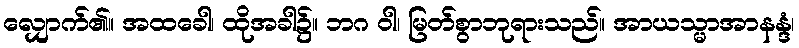
လျှောက်၏။ အထခေါ၊ ထိုအခါ၌။ ဘဂ ဝါ၊ မြတ်စွာဘုရားသည်။ အာယသ္မာအာနန္ဒံ၊